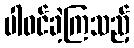
ပါဝင်ခဲ့ကြသည့်